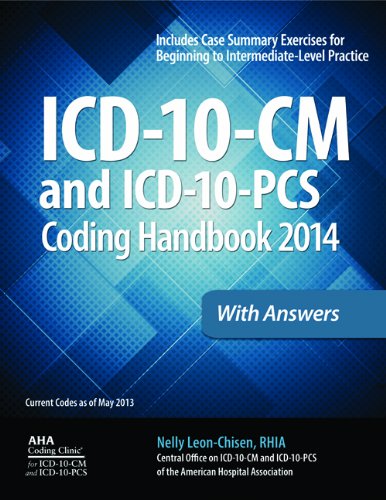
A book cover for ICD-10-CM and ICD-10-PCS Coding Handbook, 2014 ed., with Answers (ICD-10- CM Coding Handbook W/Answers); Nelly Leon-Chisen; Medical Books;